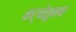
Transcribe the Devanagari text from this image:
चर्चेतूनच